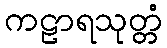
ကဠာရသုတ္တံ